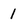
Character: 1